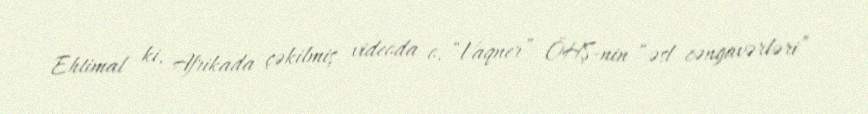
Ehtimal ki, Afrikada çəkilmiş videoda o, “Vaqner” ÖHŞ-nin “əsl cəngavərləri”